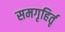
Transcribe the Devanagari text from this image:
समगृहिर्तृ